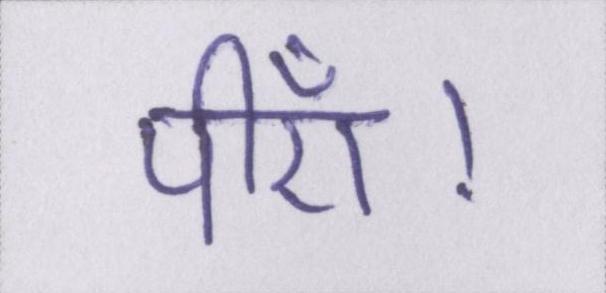
पीएँ।